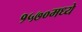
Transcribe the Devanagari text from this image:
१५७०मध्ये